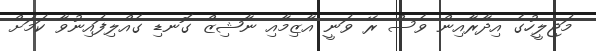
މަޖިލީހުގެ އިދާރާއިން ވެސް ރޭ ވަނީ އާޒިމާއި ނާޝިޒް ގޮނޑި ގެއްލިފައިނުވާ ކަމަށް